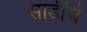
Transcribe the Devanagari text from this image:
साडींचे